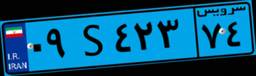
۰۹S۴۲۳۷۴